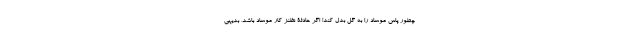
چطور پاس موساد را به گل بدل کند! اگر حادثۀ نظنز کار موساد باشد، بدیهی